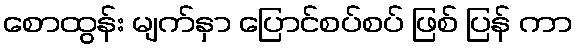
စောထွန်း မျက်နှာ ပြောင်စပ်စပ် ဖြစ် ပြန် ကာ